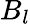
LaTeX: B_{l}